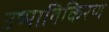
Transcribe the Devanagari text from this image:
उष्माविकिरण